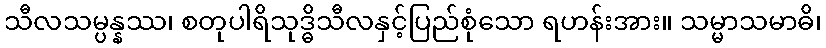
သီလသမ္ပန္နဿ၊ စတုပါရိသုဒ္ဓိသီလနှင့်ပြည်စုံသော ရဟန်းအား။ သမ္မာသမာဓိ၊